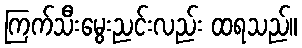
ကြက်သီးမွေးညင်းလည်း ထရသည်။